Tezpur Lunatic Asylum reports 1877-1894 - 1877-1894
Year: 1877
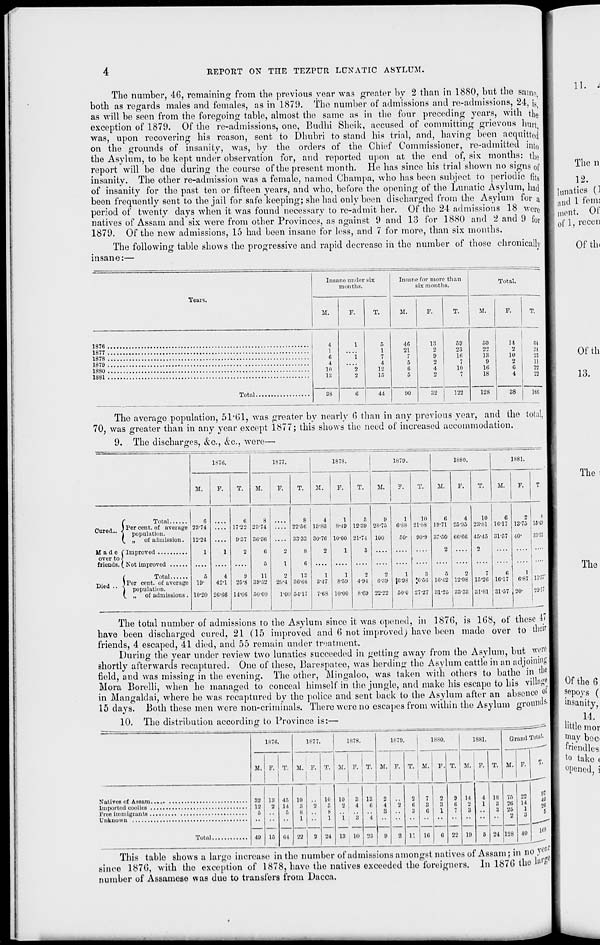
4
REPORT ON THE TEZPUR LUNATIC ASYLUM.
The number, 46, remaining from the previous year was greater by 2 than in 1880, but the saino
both as regards males and females, as in 1871). The number of admissions and re-admissions, 24,1$
as will be seen from the foregoing table, almost the same as in the four preceding years, with the
exception of 1879. Of the re-admissions, one, Budhi Sheik, accused of committing grievous hurt
was, upon recovering his reason, sent to Dhubri to stand his trial, and, having been acquitted
on the grounds of insanity, was, by the orders of the Chief Commissioner, re-admitted into
the Asylum, to be kept under observation for, and reported upon at the end of, six months: tlio
report will be due during the course of the present month. He has since his trial shown no signs of
insanity. The other re-admission was a female, named Champa, who has been subject to periodic fits
of insanity for the past ten or fifteen years, and who, before the opening of the Lunatic Asylum, had
been frequently sent to the jail for safe keeping; she had only been discharged from the Asylum for a
period of twenty days when it was found necessary to re-admit her. Of the 24 admissions 18 wore
natives of Assam and six were from other Provinces, as against 0 and 13 for 1880 and 2 and 9 for
1879. Of the new admissions, 15 had been insane for less, and 7 for more, than six months.
The following table shows the progressive and rapid decrease in the number of those chronically
insane:—
Insane under six
months.
Insane for more than
six months.
Total.
Years.
M.
F.
T.
M.
F.
T.
M.
F.
T.
4
1
6
4
lit
18
1
"i
2
2
1
7
4
12
15
4G
21
7
5
6
5
18
2
9
2
4
2
59
23
16
7
10
7
60
22
18
9
16
18
M
2
10
2
G
4
84
1877
'.'1
1878
23
1879
11
1880
22
22
38
6
44
90
32
122
128
38
16C
The average population, 51*61, was greater by nearly 0 than in any previous year, and the total,
70, was greater than in any year except 1877; this shows the need of increased accommodation.
9. The discharges, &c, &c, were—
187G.
1877.
1878.
1879.
1880.
1881.
M.
F.
T.
M.
F.
T.
M.
F.
T.
M.
y.
T.
M.
F.
T.
M.
F.
T.
G
G
8
8
4
1
5
9
1
10
G
4
10
G
2 1 8
Purpri
J Per cent - of nve "ige
cured... < popul . ltion
23-74
17-22 23-74
22-5G 13-83
8M9 12-39 28-75
6-88 21-88 19-71 25-95 23-81 16-17 13-75 ! 15-13
V. „
of admission.
12-24
9-:; 7 3G-36
33-33 30-7G 10-00 21-74 100
50-
90-9 37-50 GG-CG 45-45 31-57 40-
33-JS
1
1
2
G
2
8
2
1
3
....
2
2
over to }
friends. ( Not improved
.... .... ....
5
1
G .... .... .... .... .... ....
.... .... ....
Died
! Per cent ' °^ avera S c
'' "j population.
V, M
of admissions .
r>
4
9
11
o
in
1
1
2
2
1
3
6
0
7
G
1
19-
42-1
25-8 89*62
2G-4 3G-GG
3-17
8-59
4-94
6-89
IG-9S
J6-86 16-42 12-98 15-2G 1617 6-87 IJ-oi
29-11
10-20 2G-G6 14-06 iiO-OO
1-0(1 54-17
7-68 10-00
8-69 22-22
60-0 27-27 31-25 33-33 31-81 31-57 20-
The total number of admissions to the Asylum since it was opened, in 187(5, is 1G8, of these 4i
have been discharged cured, 21 (15 improved and 6 not improved) have been made over to their
friends, 4 escaped, 41 died, and 55 remain under treatment.
During the year under review two lunatics succeeded in getting away from the Asylum, but weWj
shortly afterwards recaptured. One of these, Barespatee, was herding the Asylum cattle in an adjoining
field, and was missing in the evening. The other, Mingaloo, was taken with others to bathe in the
^
'
O
•it « I
Mora Borelli, when he managed to conceal himself in the jungle, and make his escape to his villas'
in Mangaklai, where he was recaptured by the police and sent back to the Asylum after an absence ot
15 days. Both these men were non-criminals. There were no escapes from within the Asylum ground* |
10. The distribution according to Province is:—
1876.
M. F. T,
1877.
1878.
M. F. T. .M.
1879.
1880.
M. F
M.
T. It
1881.
Natives of Assam
Imported coolies
Kree immigrants
Unknown
Total.
89
12
5
49
18
2
IJ
45
64 23
•j-i
10
13 10 23
u Ifl
22 L9
Grand Total.
M. F.
24 128 40
97
40
'.'6
5
its
This table shows a largo increase in the number of admissions amongst natives of Assam; in no V • I
since 187(5, with the exception of 1878, have the natives exceeded the foreigners. In 187(5 the k"p
number of Assamese was due to transfers from Dacca.